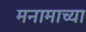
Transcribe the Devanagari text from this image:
मनामाच्या